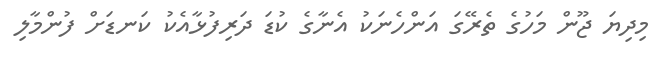
މިދިޔަ ޖޫން މަހުގެ ތެރޭގަ އަންހެނަކު އެނާގެ ކުޑަ ދަރިފުޅާއެކު ކަނޑަށް ފުންމާލި